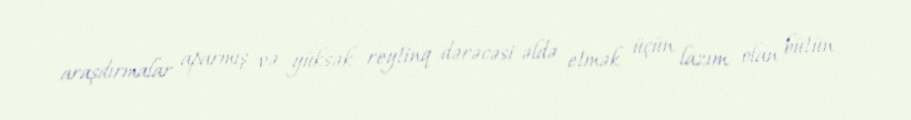
araşdırmalar aparmış və yüksək reytinq dərəcəsi əldə etmək üçün lazım olan bütün